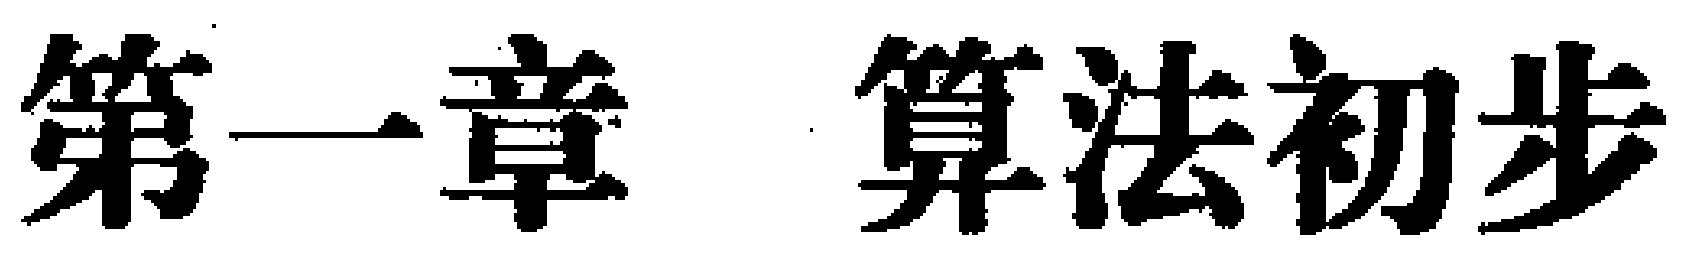
第一章 算法初步